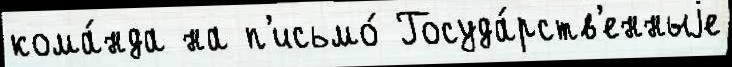
кома́нда на п'исьмо́ Госуда́рств'енныjе